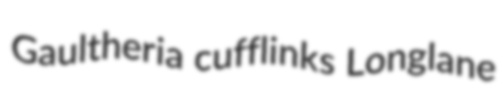
Gaultheria cufflinks Longlane